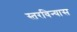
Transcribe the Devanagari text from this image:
स्तरविन्यास